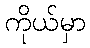
ကိုယ်မှာ